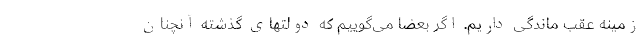
زمینه عقب ماندگی داریم. اگر بعضا می‌گوییم که دولتهای گذشته آنچنان